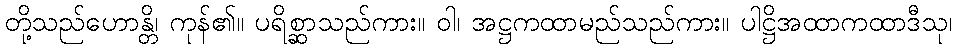
တို့သည်ဟောန္တိ၊ ကုန်၏။ ပရိစ္ဆာသည်ကား။ ဝါ၊ အဋ္ဌကထာမည်သည်ကား။ ပါဋ္ဌိအထာကထာဒီသု၊